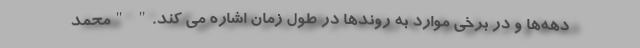
دهه‌ها و در برخی موارد به روندها در طول زمان اشاره می کند." "محمد